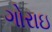
ગોરાઇ